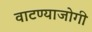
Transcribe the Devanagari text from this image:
वाटण्याजोगी